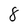
Character: 8